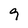
Character: 9